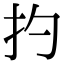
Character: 扚